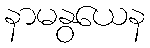
နာမနွယေန